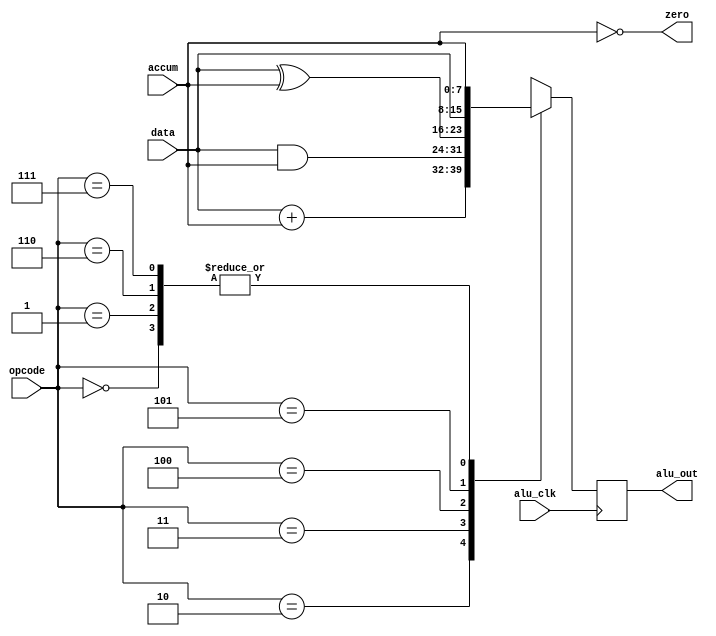
module alu(alu_out,zero,data,accum,alu_clk,opcode);
   output[7:0] alu_out;
   output zero;
   input[2:0] opcode;
   input[7:0] data,accum;
   input alu_clk;
   reg[7:0] alu_out;
   
   parameter  HLT=3'b000,           //8
              SKZ=3'b001,           //alu
              ADD=3'b010,           //
              AND=3'b011,           //
              XOR=3'b100,           //
              LDA=3'b101,           //
              STO=3'b110,           //
              JMP=3'b111;           //
              
    assign zero=!accum;
    
    always @(posedge alu_clk)       //opc_iaddr<15..0>
      begin
          case(opcode)
              HLT: alu_out<=accum;
              SKZ: alu_out<=accum;
              ADD: alu_out<=data+accum;
              AND: alu_out<=data&accum;
              XOR: alu_out<=data^accum;
              LDA: alu_out<=data;
              STO: alu_out<=accum;
              JMP: alu_out<=accum;
              default: alu_out<=8'hxx;
          endcase
      end
  endmodule